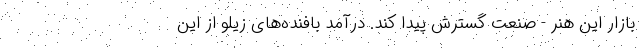
بازار این هنر - صنعت گسترش پیدا کند. درآمد بافنده‌های زیلو از این